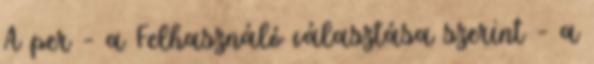
A per – a Felhasználó választása szerint – a